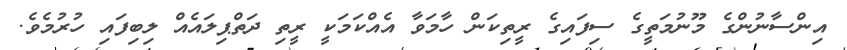
އިންސާނުންގެ މޫނުމަތީގެ ސިފައިގެ ރީތިކަން ހާމަވާ އެއްކަމަކީ ރީތި ދަތްޕިލައެއް ލިބިފައި ހުރުމެވެ.